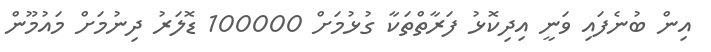
އިން ބުނެފައި ވަނީ އިދިކޮޅު ފަރާތްތަކާ ގުޅުމަށް 100000 ޑޮލަރު ދިނުމަށް މައުމޫން